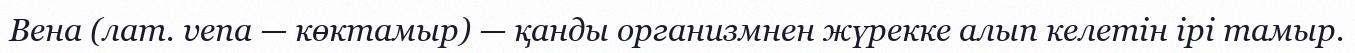
Вена (лат. vena — көктамыр) — қанды организмнен жүрекке алып келетін ірі тамыр.